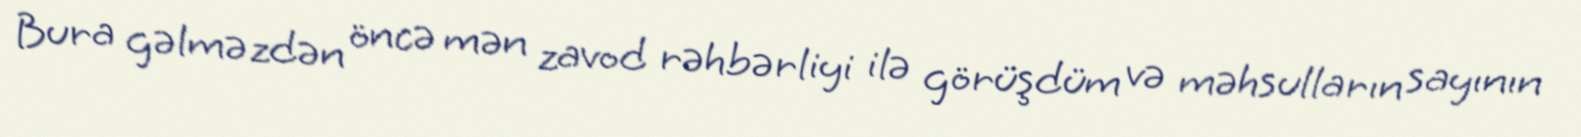
Bura gəlməzdən öncə mən zavod rəhbərliyi ilə görüşdüm və məhsulların sayının